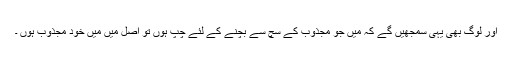
اور لوگ بھی یہی سمجھیں گے کہ میں جو مجذوب کے سچ سے بچنے کے لئے چُپ ہوں تو اصل میں میں خود مجذوب ہوں ۔